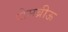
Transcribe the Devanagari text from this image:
होमब्रीऊ